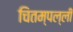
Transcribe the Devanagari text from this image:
चितम्पल्ली